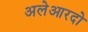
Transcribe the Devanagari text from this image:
अलेआरदो